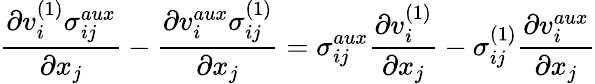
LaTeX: \frac{\partial v_{i}^{(1)}\sigma_{ij}^{aux}}{\partial x_{j}}-\frac{\partial v_{i}^{aux}\sigma_{ij}^{(1)}}{\partial x_{j}}=\sigma_{ij}^{aux}\frac{\partial v_{i}^{(1)}}{\partial x_{j}}-\sigma_{ij}^{(1)}\frac{\partial v_{i}^{aux}}{\partial x_{j}}